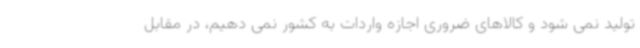
تولید نمی شود و کالاهای ضروری اجازه واردات به کشور نمی دهیم، در مقابل